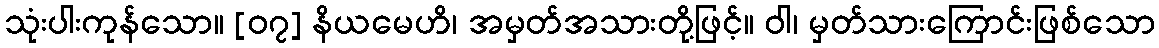
သုံးပါးကုန်သော။ [၀၇] နိယမေဟိ၊ အမှတ်အသားတို့ဖြင့်။ ဝါ၊ မှတ်သားကြောင်းဖြစ်သော